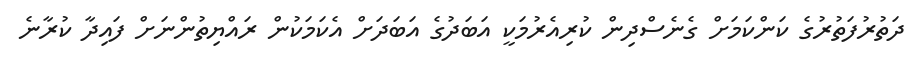
ދަތުރުފަތުރުގެ ކަންކަމަށް ގެނެސްދިން ކުރިއެރުމަކީ އަބަދުގެ އަބަދަށް އެކަމަކުން ރައްޔިތުންނަށް ފައިދާ ކުރާނެ